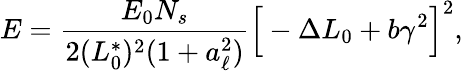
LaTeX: E=\frac{E_{0}N_{s}}{2(L_{0}^{\ast})^{2}(1+a_{\ell}^{2})}\Big[-\Delta L_{0}+b\gamma^{2}\Big]^{2},